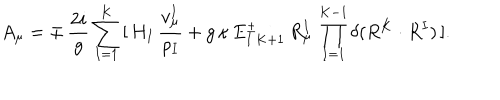
A _ { \mu } = \mp \, { \frac { 2 i } { g } } \sum _ { I = 1 } ^ { K } \, [ \, H _ { I } \, { \frac { v _ { \mu } ^ { I } } { \rho _ { I } } } + g \, \kappa \, E _ { I \, K + 1 } ^ { \pm } \, R _ { \mu } ^ { I } \, \prod _ { I = 1 } ^ { K - 1 } \delta ( R ^ { K } \cdot R ^ { I } ) \, ] .